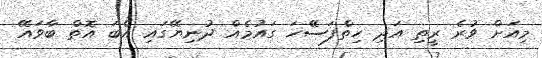
މިއަށް ވުރެ ރީތި އަދި ހިތްފަސޭހަ ގައުމެއް ދުނިޔޭގައި އެބަ އޮތް ބާވައޭ